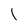
Character: l